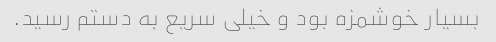
بسیار خوشمزه بود و خیلی سریع به دستم رسید.